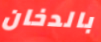
بالدخان